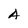
Character: A